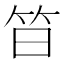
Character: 𱷳